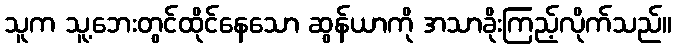
သူက သူ့ဘေးတွင်ထိုင်နေသော ဆွန်ယာကို အသာခိုးကြည့်လိုက်သည်။